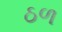
ઠળ